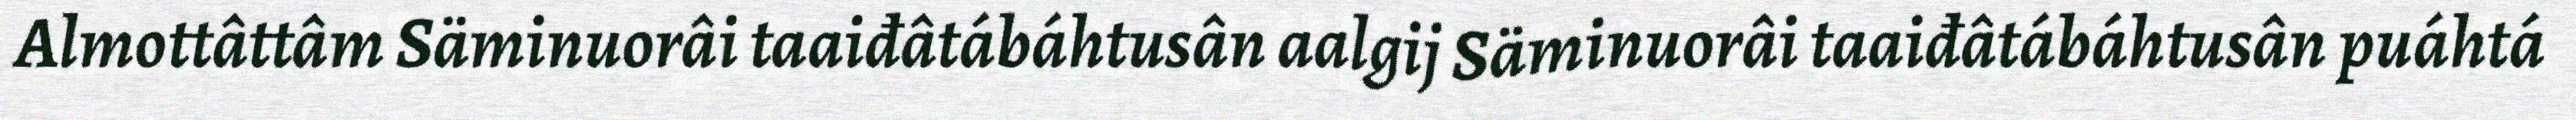
Almottâttâm Säminuorâi taaiđâtábáhtusân aalgij Säminuorâi taaiđâtábáhtusân puáhtá